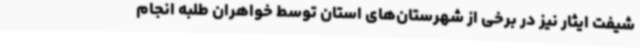
شیفت ایثار نیز در برخی از شهرستان‌های استان توسط خواهران طلبه انجام